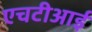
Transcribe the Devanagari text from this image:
एचटीआई